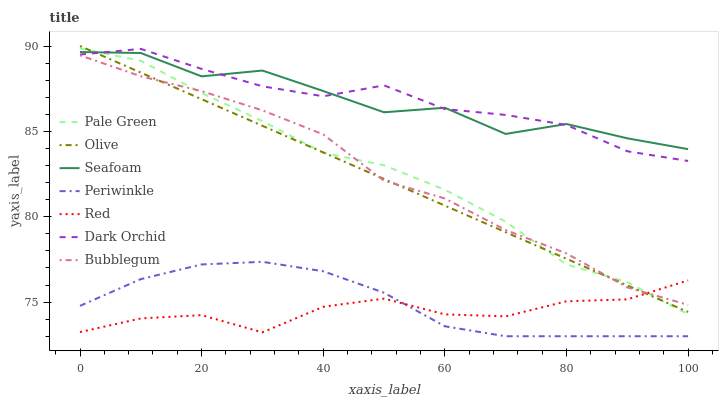
| xaxis_label | Pale Green | Olive | Seafoam | Periwinkle | Red | Dark Orchid | Bubblegum |
 | --- | --- | --- | --- | --- | --- | --- | --- |
 | 0 | 89.9 | 90 | 89.6 | 74.8 | 73.2 | 89.5 | 89.5 |
 | 10 | 89.1 | 88.4 | 89.6 | 76.3 | 74 | 89.8 | 88.2 |
 | 20 | 87.2 | 86.9 | 88.2 | 77.2 | 74.2 | 88.7 | 87.4 |
 | 30 | 85.6 | 85.3 | 88.6 | 77.4 | 73.2 | 87.6 | 86.2 |
 | 40 | 83.7 | 83.8 | 87.4 | 76.8 | 74.7 | 87.1 | 84.8 |
 | 50 | 83 | 82.2 | 86.1 | 75.5 | 75.2 | 87.7 | 82.1 |
 | 60 | 81.6 | 80.7 | 86.4 | 73.6 | 74.3 | 86.3 | 81.1 |
 | 70 | 79.7 | 79.1 | 84.8 | 73 | 74.2 | 86 | 79.2 |
 | 80 | 77.2 | 77.5 | 85.4 | 73 | 75 | 85.4 | 77.9 |
 | 90 | 76.2 | 76 | 84.6 | 73 | 75.2 | 83.8 | 75.9 |
 | 100 | 74.3 | 74.4 | 84 | 73 | 76.3 | 83.3 | 74.8 |